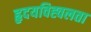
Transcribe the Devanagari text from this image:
हृदयविह्वलता